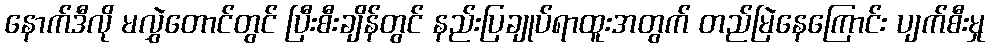
နောက်ဒီလို မလွှဲတောင်တွင် ပြီးစီးချိန်တွင် နည်းပြချုပ်ရာထူးအတွက် တည်မြဲနေကြောင်း ပျက်စီးမှု